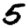
Digit: 5